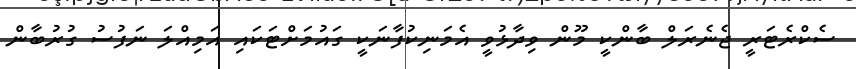
ސެކްރެޓަރީ ޖެނެރަލް ބާންކީ މޫން ވިދާޅުވީ އެމަނިކުފާނަކީ ގައުމަށްޓަކައި އަމިއްލަ ނަފުސު ގުރުބާން